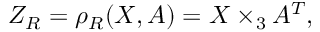
Z _ { R } = \rho _ { R } ( X , A ) = X \times _ { 3 } A ^ { T } ,